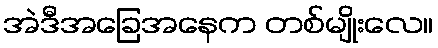
အဲဒီအခြေအနေက တစ်မျိုးလေ။